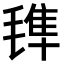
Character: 𣯍